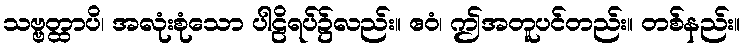
သဗ္ဗတ္ထာပိ၊ အလုံးစုံသော ပါဠိရပ်၌လည်း။ ဧဝံ၊ ဤအတူပင်တည်း။ တစ်နည်း။